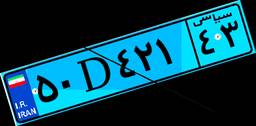
۰۹D۹۱۴۴۶